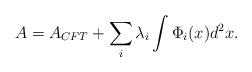
LaTeX: \begin{align*}A=A_{CFT}+\sum _{i}\lambda _{i}\int\Phi _{i}(x)d^{2}x.\end{align*}